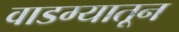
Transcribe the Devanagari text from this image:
वाडग्यातून